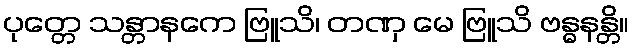
ပုတ္တေ သန္တာနကေ ဗြူသိ၊ တဏှ မေ ဗြူသိ ဗန္ဓနန္တိ။